Annual returns of the Patna Lunatic Asylum at Bankipore in Bihar and Orissa - 1912-1924
Year: 1912
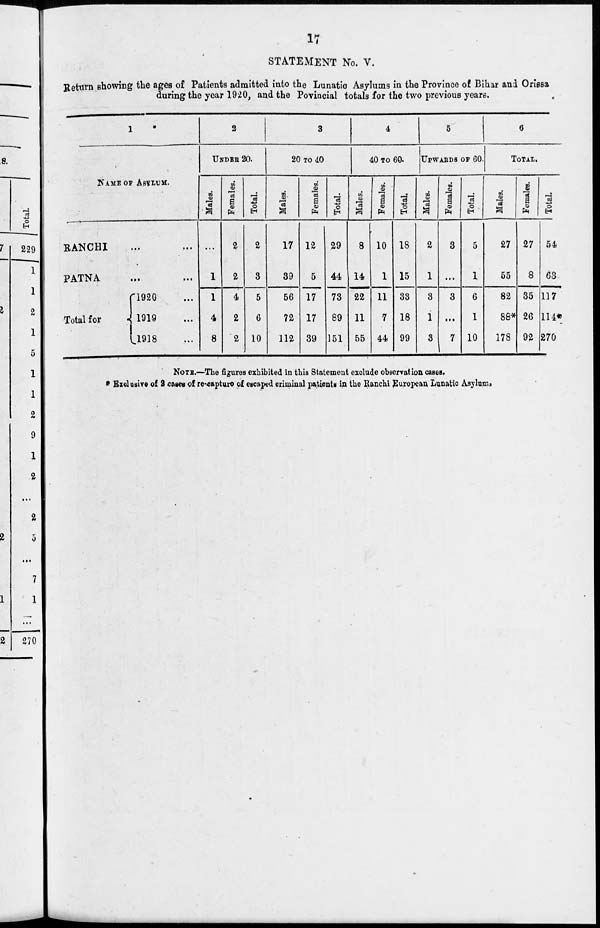
17
STATEMENT No. V.
Return showing the ages of Patients admitted into the Lunatic Asylums in the Province of Bihar and Orissa
during the year 1920, and the Povincial totals for the two previous years.
1
NAME OF ASYLUM.
RANCHI ... ...
PATNA ... ...
Total for
1920 ...
1919 ...
1918 ...
2
UNDER 20.
Males.
...
1
1
4
8
Females.
2
2
4
2
2
Total.
2
3
5
6
10
3
20 TO 40
Males.
17
39
56
72
112
Females.
12
5
17
17
39
Total.
29
44
73
89
151
4
40 TO 60.
Males.
8
14
22
11
55
Females.
10
1
11
7
44
Total.
18
15
33
18
99
5
UPWARDS OF 60.
Males.
2
1
3
1
3
Females.
3
...
3
...
7
Total.
5
1
6
1
10
6
TOTAL.
Males.
27
55
82
88*
178
Females.
27
8
35
26
92
Total.
54
63
117
114
270
NOTE.—The figures exhibited in this Statement exclude observation cases.
* Exclusive of 2 cases of re-capture of escaped criminal patients in the Ranchi European Lunatic Asylum.